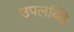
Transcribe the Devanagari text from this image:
उपलब्धि